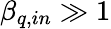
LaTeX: \beta_{q,in}\gg 1